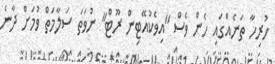
ހުރިހާ ތަނެއްގައި ހެން ވެސް "އިވެކުއޭޓިން ރޫޓް" ނުވަތަ ސަލާމަތް ވުމަށް ދާނެ